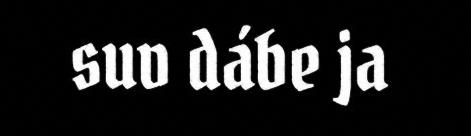
suv dábe ja